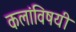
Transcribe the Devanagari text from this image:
कलांविषयी